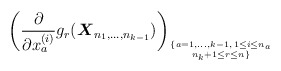
\begin{gather*}\left( {\partial \over \partial x^{(i)}_{a}} g_{r}({\boldsymbol{X}}_{n_1,\ldots,n_{k-1}}) \right)_{\{a=1,\ldots,k-1,\, 1 \le i \le n_{a} \atop n_{k}+1 \le r \le n \}}\end{gather*}